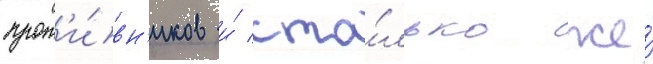
прот'и́вн'иков и́ сто́лько же́